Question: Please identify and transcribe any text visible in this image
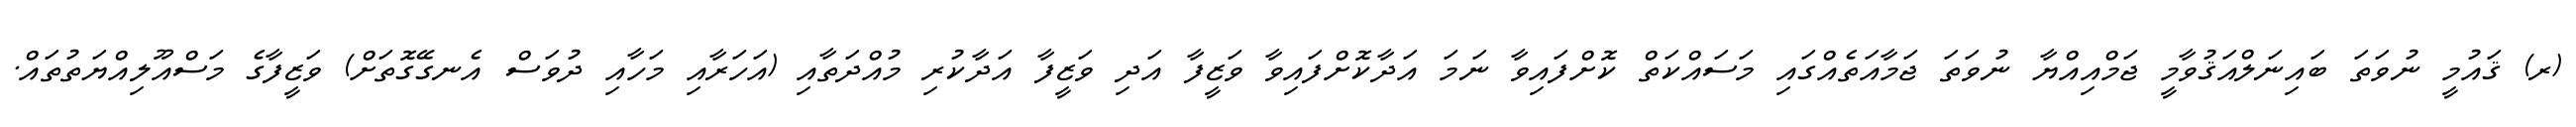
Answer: (ރ) ޤައުމީ ނުވަތަ ބައިނަލްއަޤުވާމީ ޖަމްއިއްޔާ ނުވަތަ ޖަމާއަތެއްގައި މަސައްކަތް ކޮށްފައިވާ ނަމަ އަދާކޮށްފައިވާ ވަޒީފާ އަދި ވަޒީފާ އަދާކުރި މުއްދަތާއި (އަހަރާއި މަހާއި ދުވަސް އެނގޭގޮތަށް) ވަޒީފާގެ މަސްއޫލިއްޔަތުތައް.